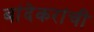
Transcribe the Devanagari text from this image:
बांदेकरांची